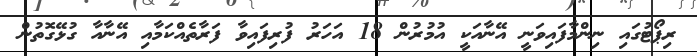
ރިޕޯޓުގައި ނިންމާފައިވަނީ އޭނާއަކީ އުމުރުން 18 އަހަރު ފުރިފައިވާ ފަރާތެއްކަމާއި އޭނާއާ ގުޅޭގޮތުން